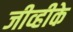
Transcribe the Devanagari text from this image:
जीव्हीके